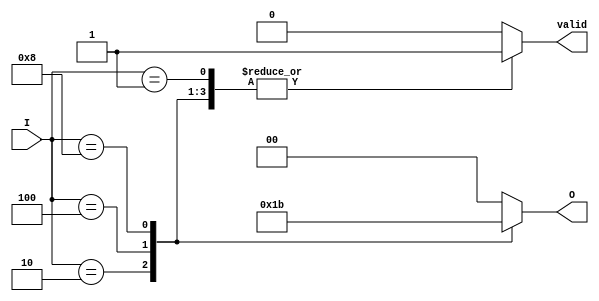
module multilevel_encoder (
    input wire [3:0] I,    // 4 input lines
    output reg [1:0] O,    // 2 output lines
    output reg valid        // Indicates if the output is valid
);

always @(*) begin
    // Initialize output and valid signal
    O = 2'b00;
    valid = 1'b0;

    case (I)
        4'b0001: begin O = 2'b00; valid = 1'b1; end // I0 is active
        4'b0010: begin O = 2'b01; valid = 1'b1; end // I1 is active
        4'b0100: begin O = 2'b10; valid = 1'b1; end // I2 is active
        4'b1000: begin O = 2'b11; valid = 1'b1; end // I3 is active
        default: begin O = 2'b00; valid = 1'b0; end // No valid input
    endcase
end

endmodule